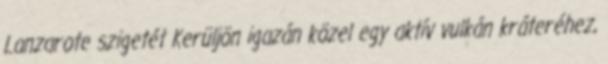
Lanzarote szigetét Kerüljön igazán közel egy aktív vulkán kráteréhez,